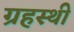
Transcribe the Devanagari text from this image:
ग्रहस्थी